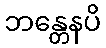
ဘန္တေနပိ